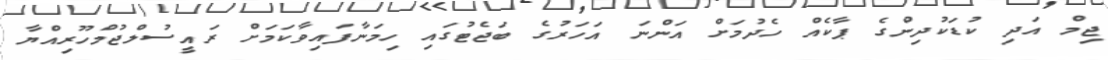
ޖިމް އަދި ކުޑަކުދިންގެ ޕާކެއް ހެދުމަަށް އަންނަ އަހަރުގެ ބަޖެޓުގައި ހިމަނާފައިވާކަމަށް ރައީސުލްޖުމްހޫރިއްޔާ